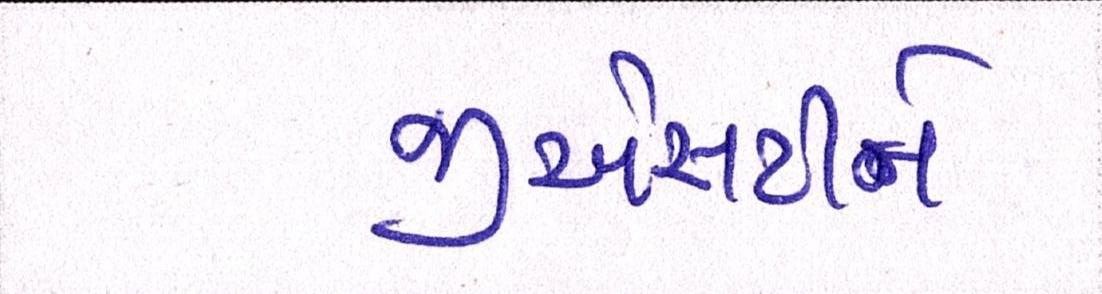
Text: જીએસટીને